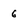
Character: 6